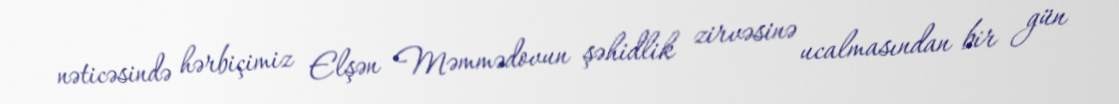
nəticəsində hərbiçimiz Elşən Məmmədovun şəhidlik zirvəsinə ucalmasından bir gün